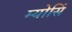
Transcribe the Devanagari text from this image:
म्योसिं